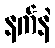
နက်နဲ